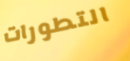
التطورات